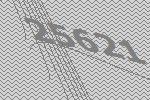
25621